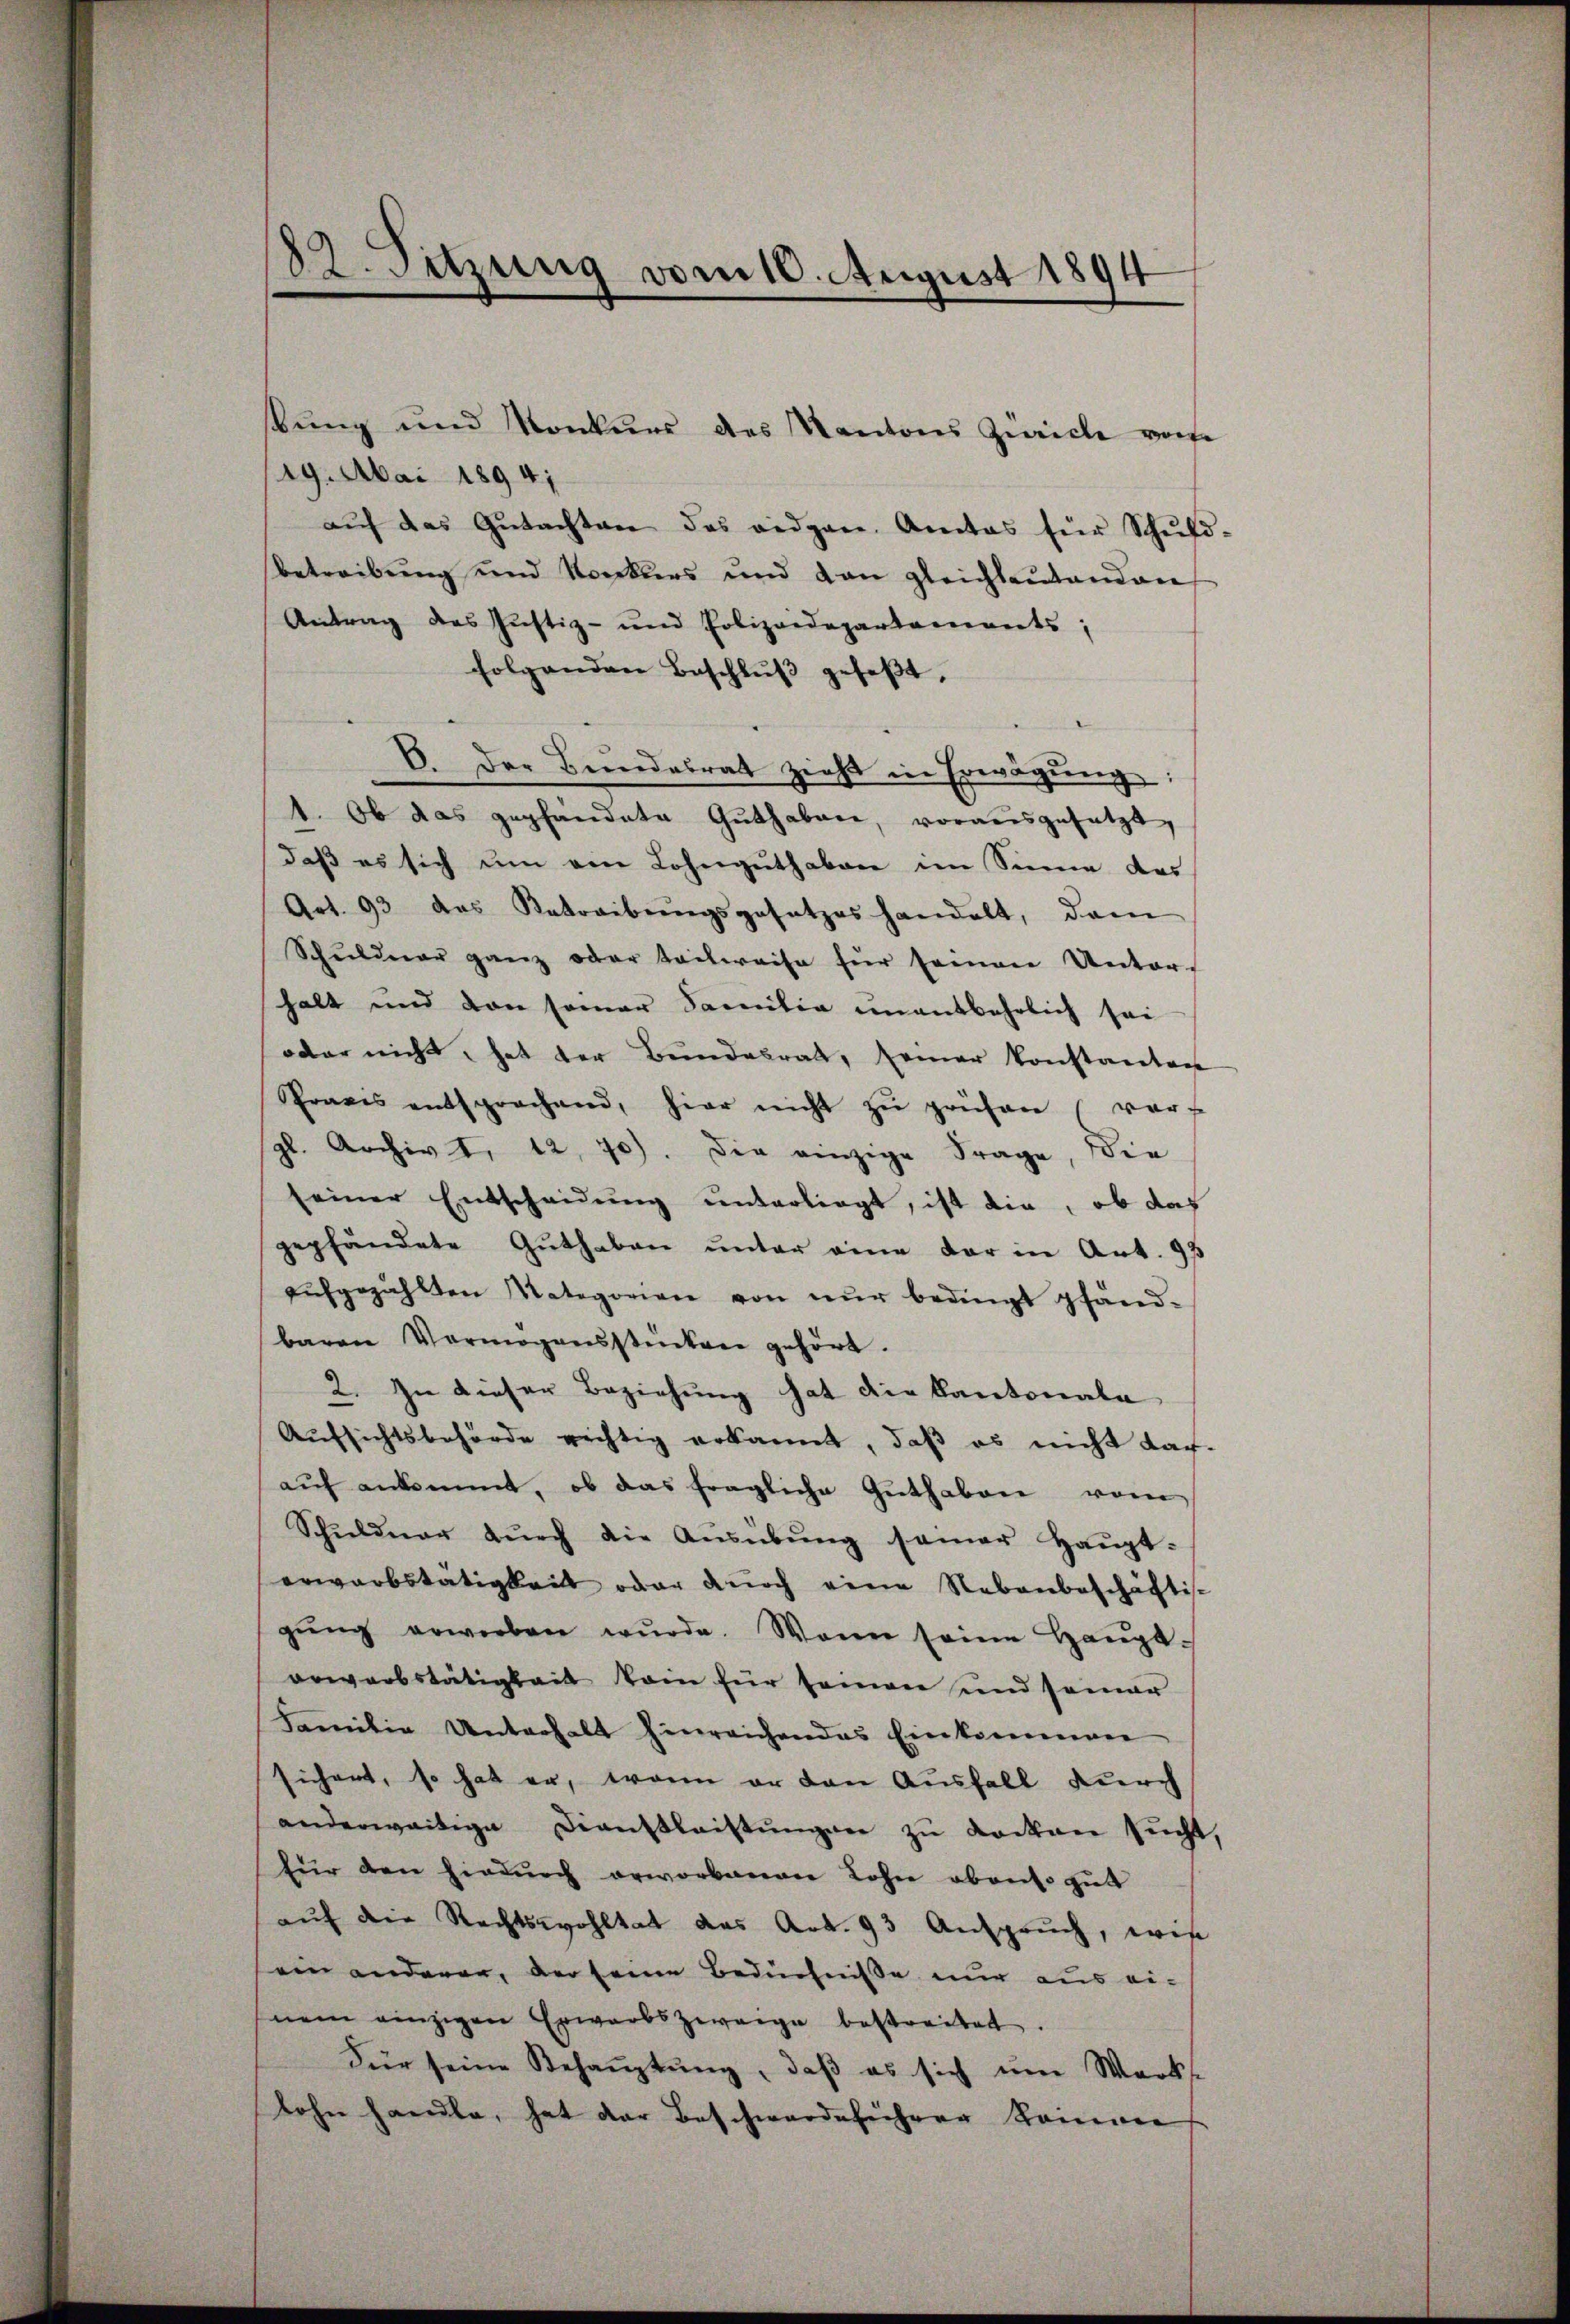
82. Sitzung vom 10. August 1894

19. Mai 1894;
aŭf das Gŭtachten des eidgen. Amtes für Schuld
betreibung und Konkurs und von gleichleŭtenden
Antrag des Justiz- und Polizeidepartements;
folgenden Beschlŭβ gefaβt,
d
b. Der Bŭndesrat zieht in Erwägŭng:
1. Ob das gepfandate Guthaben, vorausgesetzt,
daß es sich um von Lohnguthaben im Sinne das
Art. 93 das Betreibŭngsgesetzes handelt, dam
Schŭldner ganz oder teilweise für seien Unter-
halt und von seiner Familie unentbehrlich sei
oder nicht, hat der Bundesrath, seiner konstanton
Praxis entsprochend, hier nicht zŭ prüfen (vor
gl. Archiv d. 12. 70). Der einzige Frage, die
seiner Entscheidung unterliegt, ist die, ob das
gepfändete Guthaben unter eine der in Art. 95
aŭfgezahlten Mategorien von nŭr bedingt pfänd-
baren Vermögensstenten gehört.
2. In dieser Beziehung hat die Kantonala
Aufsichtsbehörde richtig erkannt, daß es nicht dar-
aŭf ankommt, ob das fragliche Guthaben vom
Schŭldner dŭrch die Aŭsübŭng samer Haŭpt-
erwarbstätigkeit oder durch eine Nebenbeschäftige
gŭng erwerben wŭrde. Wenn seine Haŭpt-
orwerbstätigkeit kein für seinen und seiner
Familie Unterhalt hinreichendes Einkommen
sichert, so hat er, wenn er den Ausfall durch
anderweitige Dienstleistŭngen zu Rocken sucht,
für den hiedurch erworbenen Lohn obenso gut
aŭf die Rechtswohltat das Art. 93 Anspruch, wie
ein anderen, der seine Bedüchnisse nur aus ei-
nem einzigen Erwarbszweige bestreitet.
Für seine Behauptung, daß es sich um Werkt
lohn handle, hat der Beschwerdeführer Kammer

stung und Konkurs des Kantons Zürich von